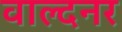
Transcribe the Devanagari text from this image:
वाल्दनर